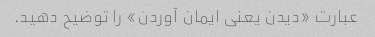
عبارت «دیدن یعنی ایمان آوردن» را توضیح دهید.